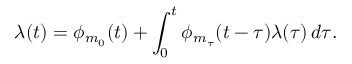
\lambda ( t ) = \phi _ { m _ { 0 } } ( t ) + \int _ { 0 } ^ { t } \phi _ { m _ { \tau } } ( t - \tau ) \lambda ( \tau ) \, d \tau .